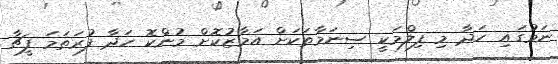
ނަމުގައި ހަދާ މި ފިިލްމަކީ ސިނަމާތަކަށް އަމާޒުކޮށް މުންކޮ ހަދާ ފުރަތަމަ ފީޗާ